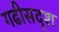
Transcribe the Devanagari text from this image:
गढीसदृश